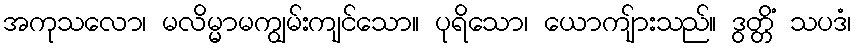
အကုသလော၊ မလိမ္မာမကျွမ်းကျင်သော။ ပုရိသော၊ ယောကျ်ားသည်။ ဒွတ္တိံ သပဒံ၊